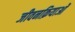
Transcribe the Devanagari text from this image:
जीवनक्रियाओं